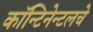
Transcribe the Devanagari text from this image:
कॉन्टिनेन्टलचे